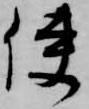
使